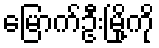
မြောက်ဦးမြို့ကို